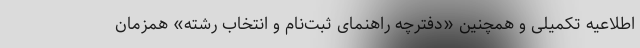
اطلاعیه تکمیلی و همچنین «دفترچه راهنمای ثبت‌نام و انتخاب رشته» همزمان